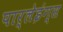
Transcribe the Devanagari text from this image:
पार्लेइंग्स